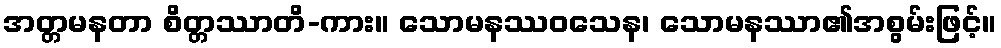
အတ္တမနတာ စိတ္တဿာတိ-ကား။ သောမနဿဝသေန၊ သောမနဿာ၏အစွမ်းဖြင့်။